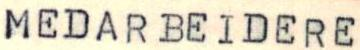
MEDARBEIDERE